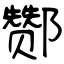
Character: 酂